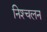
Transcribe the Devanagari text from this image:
निश्‍चलन